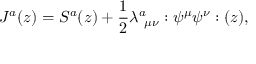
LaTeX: J ^ { a } ( z ) = S ^ { a } ( z ) + \frac { 1 } { 2 } \lambda _ { ~ \mu \nu } ^ { a } : \psi ^ { \mu } \psi ^ { \nu } : ( z ) ,